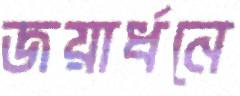
জয়ার্ধনে